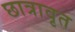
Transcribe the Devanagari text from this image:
छात्रावृत